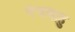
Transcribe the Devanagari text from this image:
पंचबाहु